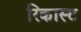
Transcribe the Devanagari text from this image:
रिकास्ट